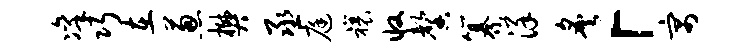
凛巧在葱樊丞庭禳收馨纂详炙「寓